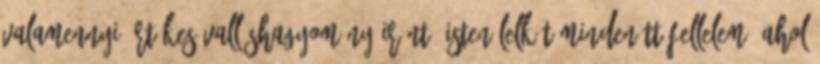
valamennyi értékes valláshagyomány iránt. Isten lelkét mindenütt fellelem, ahol